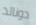
دونالد